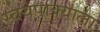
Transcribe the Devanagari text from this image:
स्वयंपाक्याला